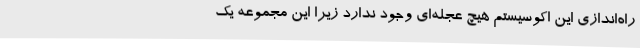
راه‌اندازی این اکوسیستم هیچ عجله‌ای وجود ندارد زیرا این مجموعه یک